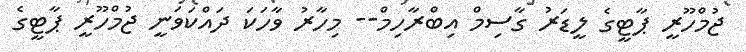
ޖުމްހޫރީ ޕާޓީގެ ލީޑަރު ގާސިމް އިބްރާހިމް-- މިހާރު ވާހަކަ ދައްކަވަނީ ޖުމްހޫރީ ޕާޓީގެ